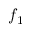
f _ { 1 }